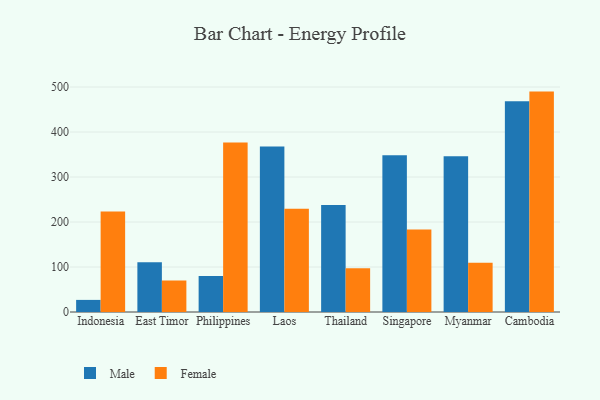
{"axis": {"x": "Country", "y": "Market Share (%)"}, "legend": ["Female", "Male"], "data": [{"x": "Indonesia", "y": 26.9, "type": "Male"}, {"x": "Indonesia", "y": 223.6, "type": "Female"}, {"x": "East Timor", "y": 110.5, "type": "Male"}, {"x": "East Timor", "y": 70.0, "type": "Female"}, {"x": "Philippines", "y": 80.0, "type": "Male"}, {"x": "Philippines", "y": 376.8, "type": "Female"}, {"x": "Laos", "y": 367.8, "type": "Male"}, {"x": "Laos", "y": 229.6, "type": "Female"}, {"x": "Thailand", "y": 237.8, "type": "Male"}, {"x": "Thailand", "y": 97.4, "type": "Female"}, {"x": "Singapore", "y": 348.2, "type": "Male"}, {"x": "Singapore", "y": 183.3, "type": "Female"}, {"x": "Myanmar", "y": 346.3, "type": "Male"}, {"x": "Myanmar", "y": 109.6, "type": "Female"}, {"x": "Cambodia", "y": 468.1, "type": "Male"}, {"x": "Cambodia", "y": 489.8, "type": "Female"}]}